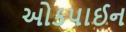
ઓકપાઈન